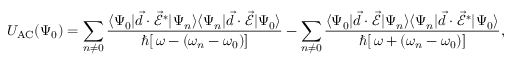
U _ { \mathrm { { A C } } } ( \Psi _ { 0 } ) = \sum _ { n \neq 0 } \frac { \langle \Psi _ { 0 } | \vec { d } \cdot \vec { \mathcal { E } } ^ { * } | \Psi _ { n } \rangle \langle \Psi _ { n } | \vec { d } \cdot \vec { \mathcal { E } } | \Psi _ { 0 } \rangle } { \hbar [ \, \omega - ( \omega _ { n } - \omega _ { 0 } ) ] } - \sum _ { n \neq 0 } \frac { \langle \Psi _ { 0 } | \vec { d } \cdot \vec { \mathcal { E } } | \Psi _ { n } \rangle \langle \Psi _ { n } | \vec { d } \cdot \vec { \mathcal { E } } ^ { * } | \Psi _ { 0 } \rangle } { \hbar [ \, \omega + ( \omega _ { n } - \omega _ { 0 } ) ] } ,